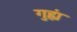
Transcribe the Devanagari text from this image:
गुह्यं